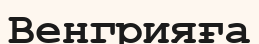
Венгрияға